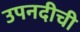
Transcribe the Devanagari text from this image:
उपनदीची